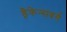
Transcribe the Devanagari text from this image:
ड्रैकेन्सबर्ग